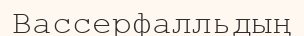
Вассерфалльдың